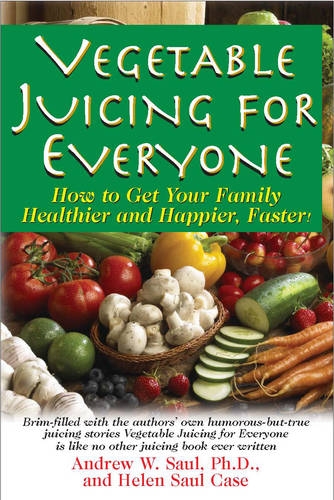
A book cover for Vegetable Juicing for Everyone: How to Get Your Family Healthier and Happier, Faster!; Andrew W. Saul; Cookbooks, Food & Wine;